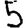
Digit: 5